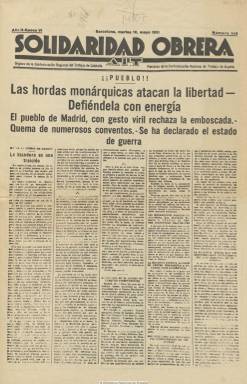
Título: Solidaridad obrera (Barcelona)
Otros títulos: Solidaridad || Solidaridad, diario de los trabajadores || Título: Aurora, 1921 || Conocida como: Soli
Colección: Anarquismo || Periódicos
Ámbito geográfico: Barcelona
Lugar de publicación: Barcelona
Fechas: 12/05/1931-31/08/1947

Considerada la principal cabecera periodística del sindicalismo anarquista español, aparece en Barcelona como publicación semanal el 19 de octubre de 1907, tomando el título de la recién creada federación sindical catalana Solidaridad Obrera, de la que será su órgano y en cuya fundación tuvo una intervención destacada Anselmo Lorenzo (1841-1914), “abuelo” del anarquismo español. Desde 1911, tras la constitución de la Confederación Nacional del Trabajo de España (CNT), será portavoz de esta, y órgano de la Confederación Regional del Trabajo de Cataluña, en la que se había convertido el anterior sindicato Solidaridad Obrera, y que será la más importante de este movimiento en España. Desde su nacimiento tendrá una vida llena de dificultades, tanto por su pobreza de medios en sus casi tres primeras décadas, pero siempre por la multitud de denuncias, multas, secuestros y suspensiones que padecerá, no sólo durante los gobiernos de la Monarquía, especialmente en el periodo de la dictadura primoriverista, sino en los de la II República. A pesar de que también en sus primeros años tuvo escasa tirada, por el público a la que iba dirigida, por su carencia de alfabetización, pero suplida esta por las lecturas colectivas, en enero de 1916 se convertirá en un diario de la mañana, manteniendo su ideal libertario y apolítico y de lucha a favor de la emancipación del proletariado y la abolición del capital y del Estado.

Tras el largo silencio impuesto al anarcosindicalismo por el Directorio primoriverista, la “Soli” –este es el apelativo con la que se la conocerá y suspendida desde mayo de 1924- reaparecerá el 31 de agosto de 1930, iniciando una VI época, con nueva secuencia de año y número. La colección de la Biblioteca Nacional de España sólo conserva de esta etapa su número correspondiente al 12 de mayo de 1931, un ejemplar de ocho páginas compuesto a cinco columnas, en el que resaltan dos secciones: la regional y la sindical, y en cuya cabecera estampa las siglas AIT, correspondientes a la Asociación Internacional de Trabajadores (I Internacional). Desde su reaparición, su director venía siendo Juan Peiró Belis (1887-1942), que pronto será sustituido por el escritor y periodista faista Felipe Aláiz de Pablo (1887-1959), como resultado del triunfo de las tesis de la Federación Anarquista Ibérica (FAI), fundada en 1927, en la disputa en el interior del anarcosindicalismo español. Aláiz a su vez será sustituido posteriormente por el periodista José Robusté (1900-), cercano en ese momento a Ángel Pestaña (1886-1937), entonces secretario general de la CNT, que también había dirigido el diario entre 1917 y 1918. Hasta el segundo año del periodo republicano se pueden contabilizar hasta cerca de una decena de directores de Solidaridad obrera.

Otros números de la colección (incompleta) pertenecen ya al periodo de la guerra civil. El primero de este periodo corresponde al ocho de agosto de 1936. El apoliticismo del movimiento anarcosindicalista y libertario se había roto previamente votando masivamente en las elecciones de febrero de ese año al Frente Popular, tras el acuerdo de CNT con la Unión General de Trabajadores (UGT), el otro gran sindicato del periodo, de carácter socialista. Pero durante el periodo de guerra en el seno del movimiento anarcosindicalista pugnarán los defensores de su incorporación a las instituciones de Gobierno republicano y las que la rechazaban. En este periodo estuvieron al frente de la redacción del diario Liberto Callejas (1884-1969) y Jaime Balius (1904-1980), y desde 1937 asumirá su dirección el periodista Jacinto Torío -Toryho o Torhyo- Rodríguez (1902-1989), hasta que en la primavera de 1938 fue sustituido por Josep Viadiu (1890-1973).

Durante los primeros meses de la guerra, que será además un periodo de incautaciones y depuraciones, el mítico diario matutino anarcosindicalista prestará casi toda su atención a las informaciones procedentes de los frentes, para después recuperar los artículos doctrinales junto a las editoriales, y de manera especial sus comentarios de carácter crítico y satírico (como son las secciones Tracazos y Picotazos), acompañados de una profusión de dibujos y caricaturas. Sus páginas se estructuran en diferentes secciones: Información nacional, Información del exterior, Información de todo el mundo, Asambleas y convocatorias, Deportes, Espectáculos o Teatros. Seguirá siendo un periódico con información gráfica y con inserciones de publicidad comercial, y dará también espacio a las composiciones poéticas. Esporádicamente ofrecerá reportajes relacionados con la guerra y la retaguardia, así como unos Apuntes históricos de Solidaridad Obrera o, hasta 1938, la sección A través de la prensa diaria, u otra bajo el epígrafe Movimiento libertario. Sus entregas serán de cuatro, ocho y hasta dieciséis páginas, compuestas a cinco, seis y hasta siete columnas, con unos titulares y textos en los que predomina el lenguaje crudo y directo y, en definitiva, combativo.

Entre sus redactores y colaboradores aparecen los nombres de, entre otros, Ezequiel Endériz (1889-1951), Antonio de Hoyos i Vinent (1885-1940), Federica Montseny (1905-1994), Gonzalo de Reparaz (1860-1939), Mauro Bajatierra Morán (1884-1939), Antonio Morales Guzmán (1903-1942), A. Martínez Rizo, E. López de Alarcón, A. Ruiz Villaplana, Juan P. Fábregas, T. de Arrasapasti o de Federico Urales, seudónimo este de Joan Montseny (1864-1942). Entre las firmas de sus dibujantes aparecen, entre otras, las de Rivas, Niv, Ibo, Gallo, Ehbct, Franklin o Fucinas.

Respecto a sus tiradas, es de destacar que no aparecieron reflejadas en las estadísticas oficiales de las dos primeras décadas del siglo veinte y a veces ni aparece mencionado el título en ellas. Aún así, se han barajado algunas cifras de circulación. Así, cuando llega Pestaña a su dirección eleva sus exiguos 3.500 ejemplares hasta los 17.000. Con la compra de su primera rotativa al diario madrileño La libertad, a partir del 30 de julio de 1931 podrá imprimir ejemplares de ocho páginas en tamaño sábana, y sus tiradas rondarán los 30.000 ejemplares, similares al periódico El socialista. Ya durante la guerra, desde su número 1.712, correspondiente al trece de octubre de 1937, empezará a sacar tres ediciones diarias, y llegará a alcanzar los 220.000 ejemplares, convirtiéndose en el periódico de mayor tirada de España.

El número 2.103, del domingo 22 de enero de 1939, es el último de esta época, con la secuencia IV época y año IX. Debió dejar de publicarse el 25 de enero de ese año, con la entrada de las tropas rebeldes franquistas en la ciudad de Barcelona. El último número lo sacó Benjamín Cano Ruiz (1908-1988). Incautadas sus instalaciones, de sus talleres empezó a salir, el 27 de enero, Solidaridad nacional, con el subtítulo “diario de la revolución nacional sindicalista”, estampado en su cabecera el escudo con el yugo y las flechas de Falange Tradicionalista y de las JONS, el partido único del nuevo Estado.

La CNT-AIT seguirá publicando en la clandestinidad Solidaridad obrera en Barcelona a partir de 1945 de forma intermitente: a esta época corresponden los cinco últimos ejemplares de la colección. En la Biblioteca Nacional de España se pueden consultar también las ediciones publicadas en el exilio de México (1942-1959), París (1942-1961) y de Argel (1944). Estas dos últimas también están digitalizadas. Tras la Dictadura franquista este título de la CNT reaparecerá en Madrid, Barcelona y Badalona.

[Descripción modificada el 11/4/2018]